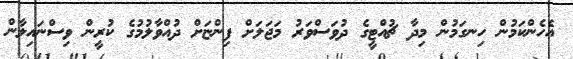
އެހެންކަމުން ހިނގަމުން މިދާ ޗުއްޓީގެ ދުވަސްވަރު މަޖަލަށް ފިންޏަށް ދުއްވާލުމުގެ ކުރީން ވިސްނައިލާން